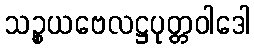
သဉ္စယဗေလဋ္ဌပုတ္တဝါဒေါ